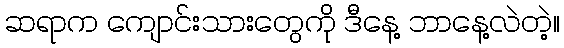
ဆရာက ကျောင်းသားတွေကို ဒီနေ့ ဘာနေ့လဲတဲ့။